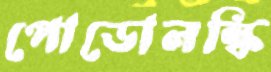
পোডোলস্কি